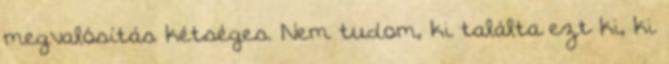
megvalósítás kétséges. Nem tudom, ki találta ezt ki, ki